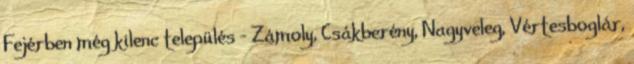
Fejérben még kilenc település - Zámoly, Csákberény, Nagyveleg, Vértesboglár,